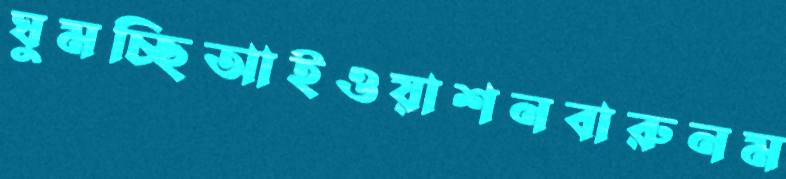
ঘুমচ্ছিআইওয়াশনবারুনম